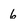
Character: 6